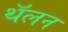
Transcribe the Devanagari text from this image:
थॅलन